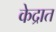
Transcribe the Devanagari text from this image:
केद्रात